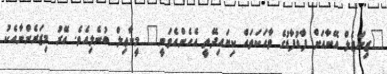
"ޒިޔަޒެލް އޭނާއަށް ފާޑުފާޑުގެ ވާހަކަތައް ކިޔައިދޭތީ އެހެންއެވަނީ" މީކާޢިލް ބުނެލިއެވެ. އޭރު މިޒަރެންނާއެކު